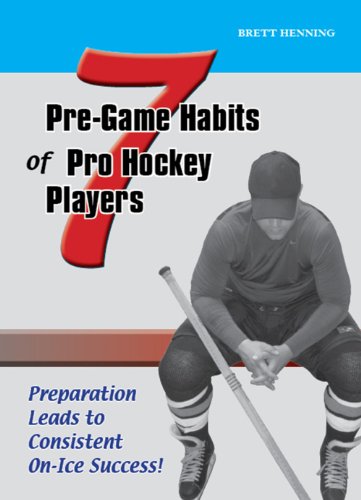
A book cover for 7 Pre-Game Habits of Pro Hockey Players; Brett Henning; Sports & Outdoors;